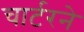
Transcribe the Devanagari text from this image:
चार्टरने